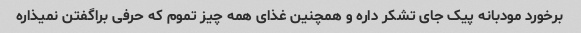
برخورد مودبانه پیک جای تشکر داره و همچنین غذای همه چیز تموم که حرفی براگفتن نمیذاره